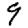
Digit: 9